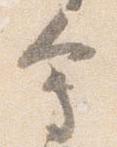
会